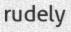
rudely